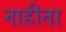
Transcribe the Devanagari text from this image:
नाहीता